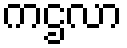
ကဌလာ